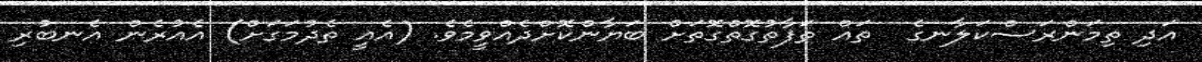
އަދި ތިމަންރަސްކަލާނގެ  ތައް ތަފާތުގޮތްގޮތަށް ބަޔާންކޮށްދެއްވީމެވެ. (އެއީ ތެދުމަގަށް) އެއުރެން އެނބުރި